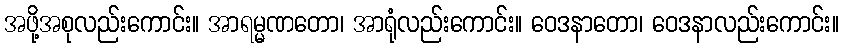
အဖို့အစုလည်းကောင်း။ အာရမ္မဏတော၊ အာရုံလည်းကောင်း။ ဝေဒနာတော၊ ဝေဒနာလည်းကောင်း။